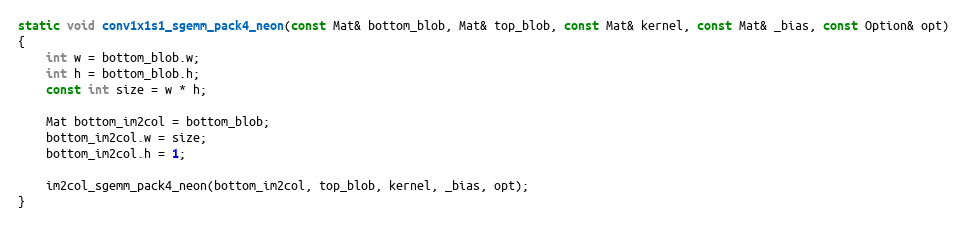
Language: C
static void conv1x1s1_sgemm_pack4_neon(const Mat& bottom_blob, Mat& top_blob, const Mat& kernel, const Mat& _bias, const Option& opt)
{
    int w = bottom_blob.w;
    int h = bottom_blob.h;
    const int size = w * h;

    Mat bottom_im2col = bottom_blob;
    bottom_im2col.w = size;
    bottom_im2col.h = 1;

    im2col_sgemm_pack4_neon(bottom_im2col, top_blob, kernel, _bias, opt);
}